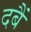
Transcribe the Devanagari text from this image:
दबैं